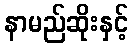
နာမည်ဆိုးနှင့်